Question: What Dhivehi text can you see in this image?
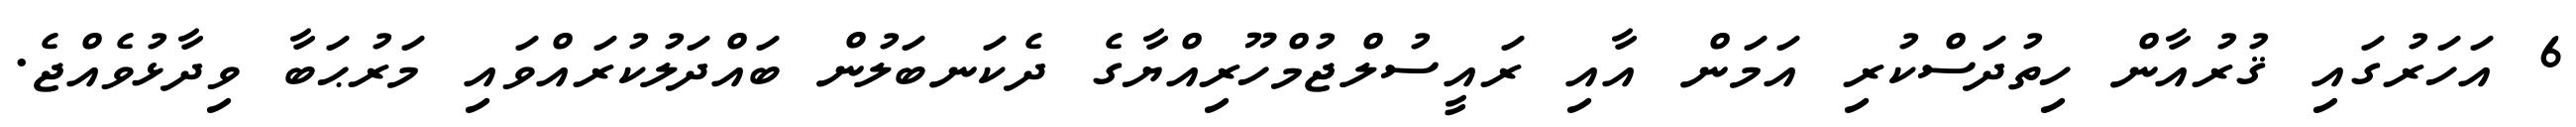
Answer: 6 އަހަރުގައި ޤުރުއާން ހިތުދަސްކުރި އަމަން އާއި ރައީސުލްޖުމްހޫރިއްޔާގެ ދެކަނބަލުން ބައްދަލުކުރައްވައި މަރުޙަބާ ވިދާޅުވެއްޖެ.